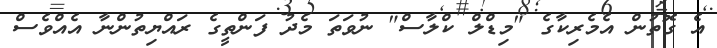
އެ ގޮތުން އެމެރިކާގެ "މިޑްލް ކްލާސް" ނުވަތަ މެދު ފަންތީގެ ރައްޔިތުންނާ އެއްވެސް